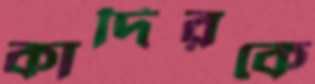
কাদিরকে